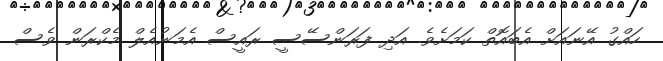
ހައްގު އޭނައަށް އެބައޮތް ކަމަށެވެ. އަދި ފަރަންސޭސީ ރައީސް އެމަނުއެލް މެކްރަން ވެސް